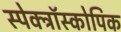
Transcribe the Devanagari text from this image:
स्पेक्ट्रॉस्कोपिक